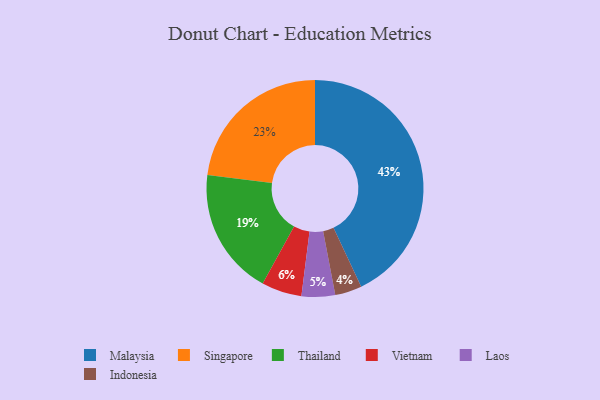
{"axis": {"x": "Category", "y": "Percentage"}, "legend": ["Indonesia", "Laos", "Malaysia", "Singapore", "Thailand", "Vietnam"], "data": [{"x": "Laos", "y": 5, "type": "Laos"}, {"x": "Thailand", "y": 19, "type": "Thailand"}, {"x": "Malaysia", "y": 43, "type": "Malaysia"}, {"x": "Indonesia", "y": 4, "type": "Indonesia"}, {"x": "Vietnam", "y": 6, "type": "Vietnam"}, {"x": "Singapore", "y": 23, "type": "Singapore"}]}